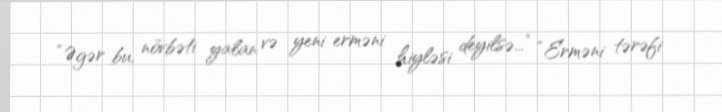
“Əgər bu, növbəti yalan və yeni erməni hiyləsi deyilsə...” “Erməni tərəfi